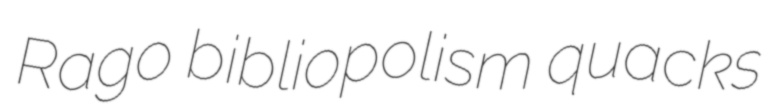
Rago bibliopolism quacks